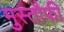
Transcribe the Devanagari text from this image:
मुस्तौफी